NAE_kihelkonnakohtute_kirjad_ja_protokollid_1869-1889, lk 6
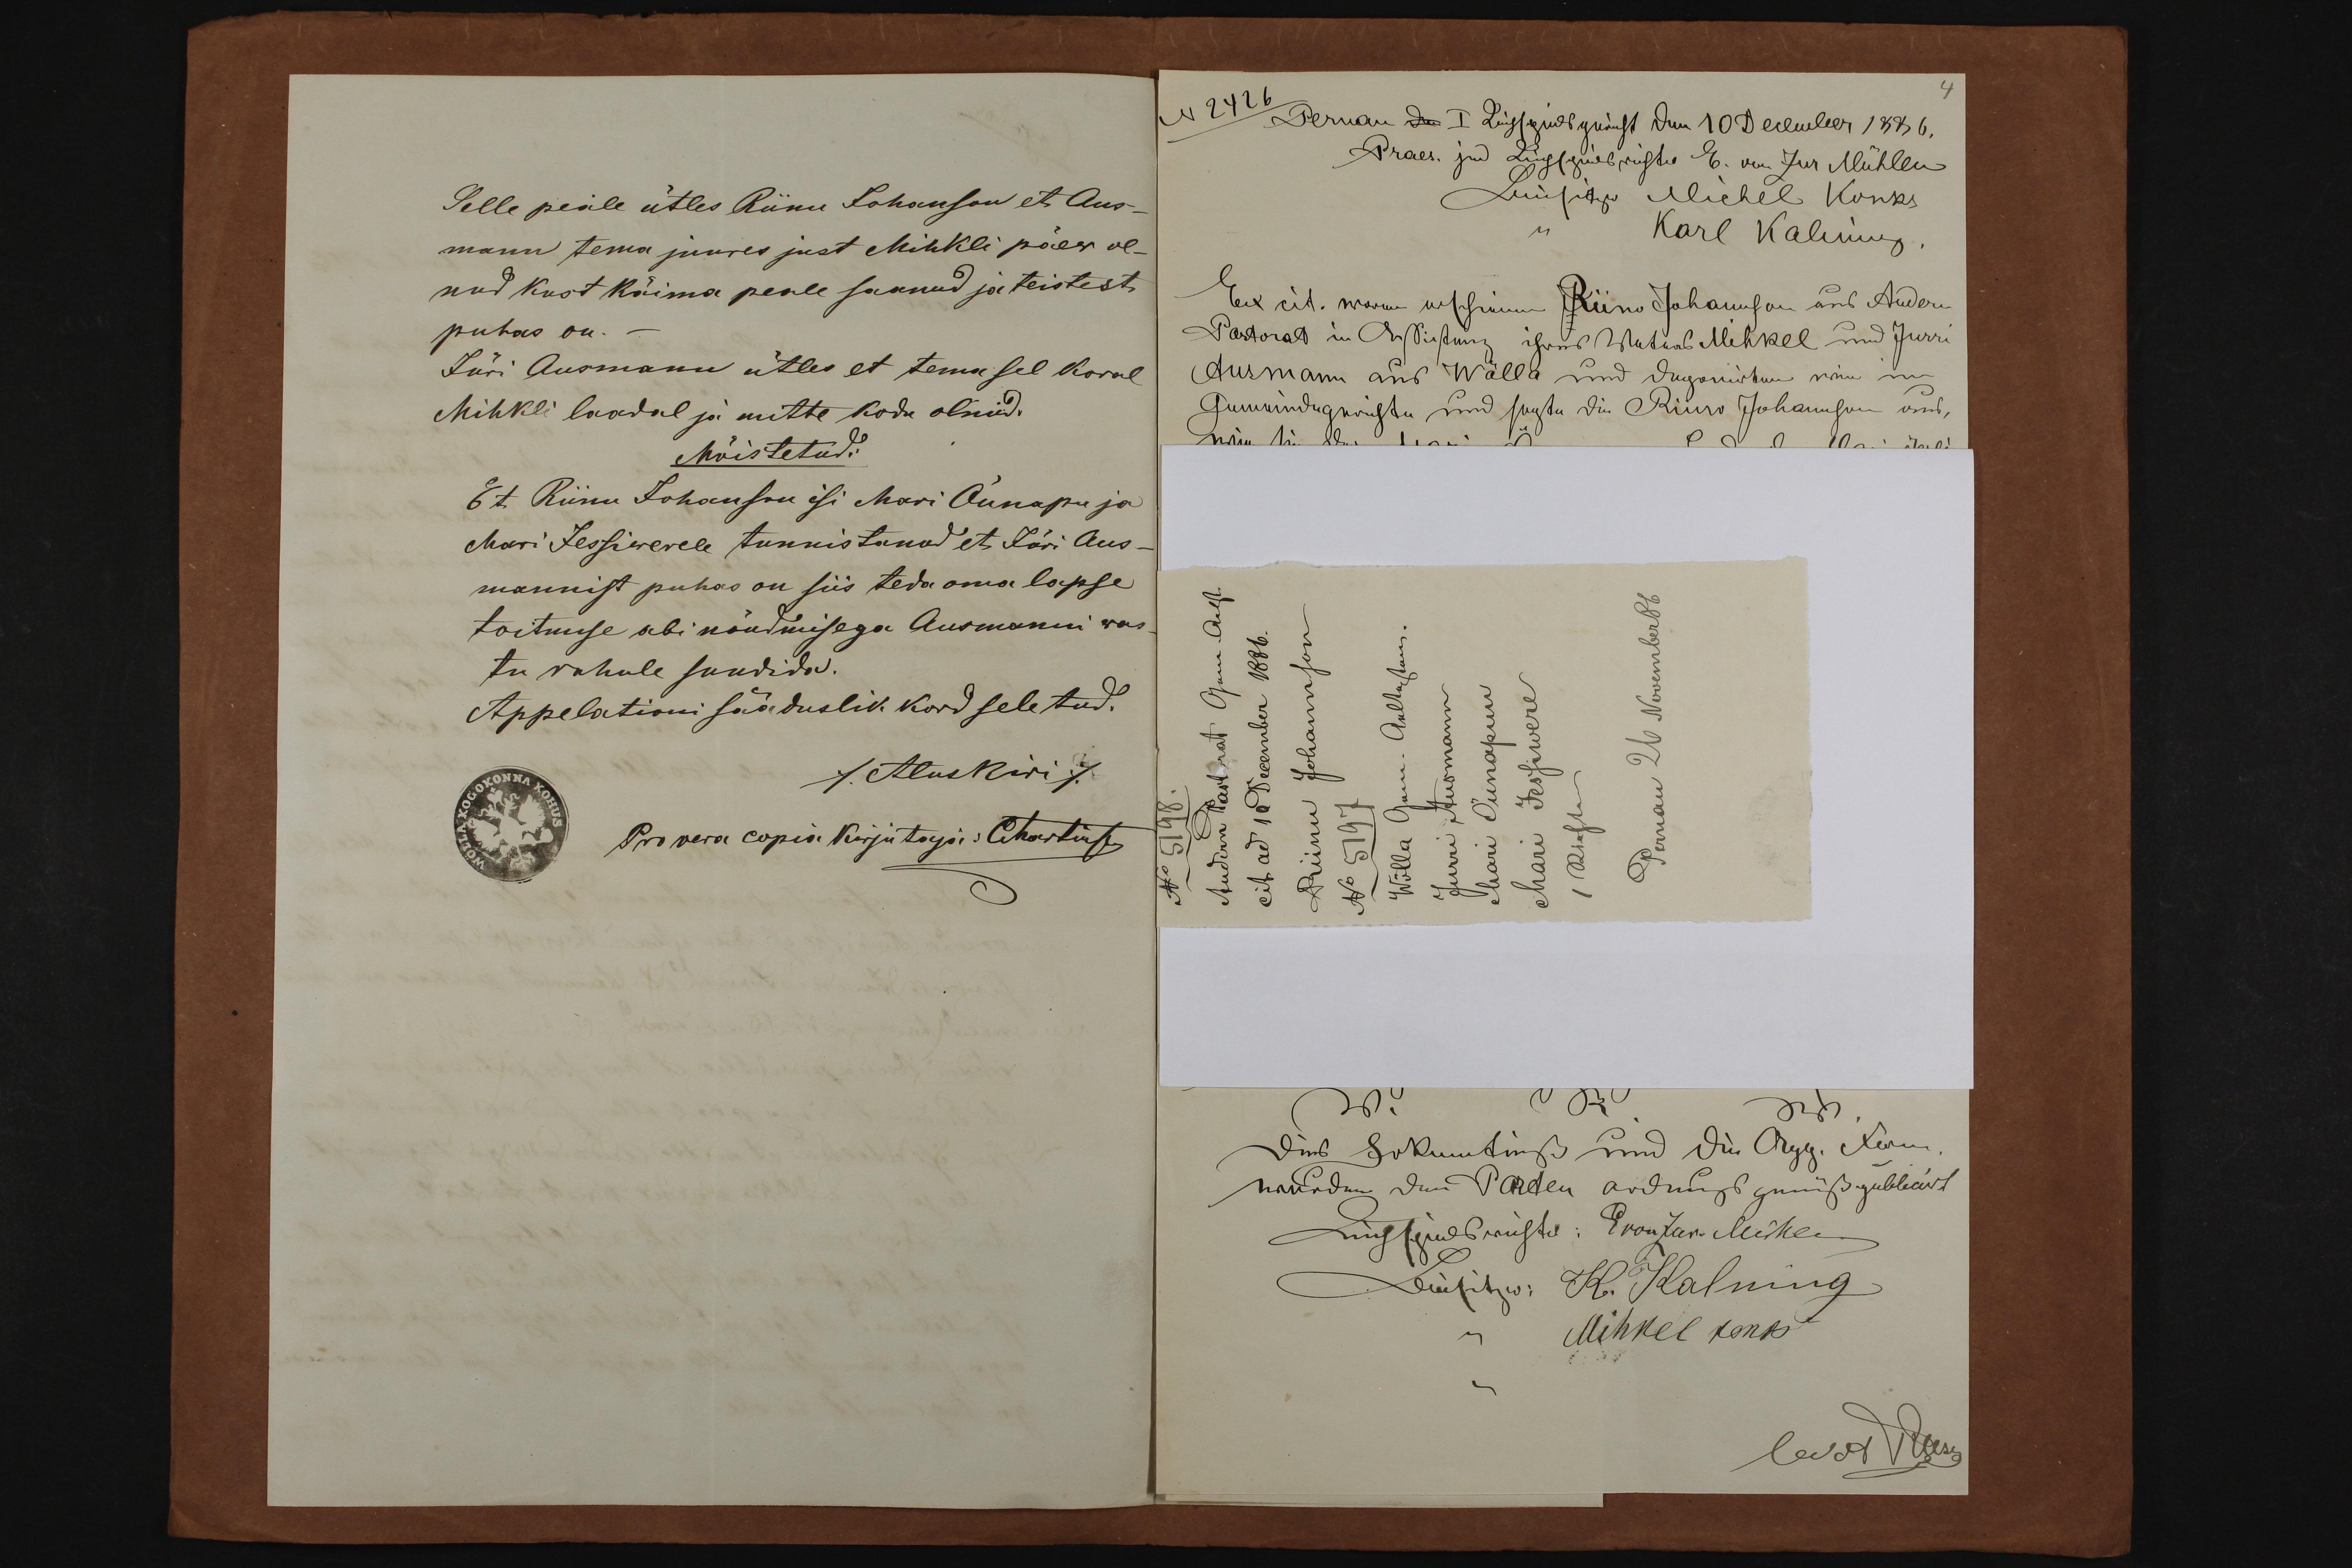
Selle peale ütles Riinu Johanson et Aus-
mann tema juures just Mihkli päew ol-
nud kust käima peale saanud ja teistest
puhas on.
Jüri Ausmann ütles et tema sel koral
Mihkli laadal ja mitte kodu olnud.
Mõistetud:
Et Riinu Johanson isi Mari Õunapu ja
Mari Jessiwerele tunnistanud et Jüri Aus-
mannist puhas on siis teda oma lapse
toitmise abi nõudmisega Ausmanni was-
tu rahule sundida.
Appelationi sääduslik kord seletud.
/Aluskiri/